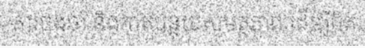
ការចងចាំ និងកាត់បន្ថយសមត្ថភាព ដើម្បីគិត